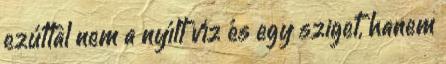
ezúttal nem a nyílt víz és egy sziget, hanem